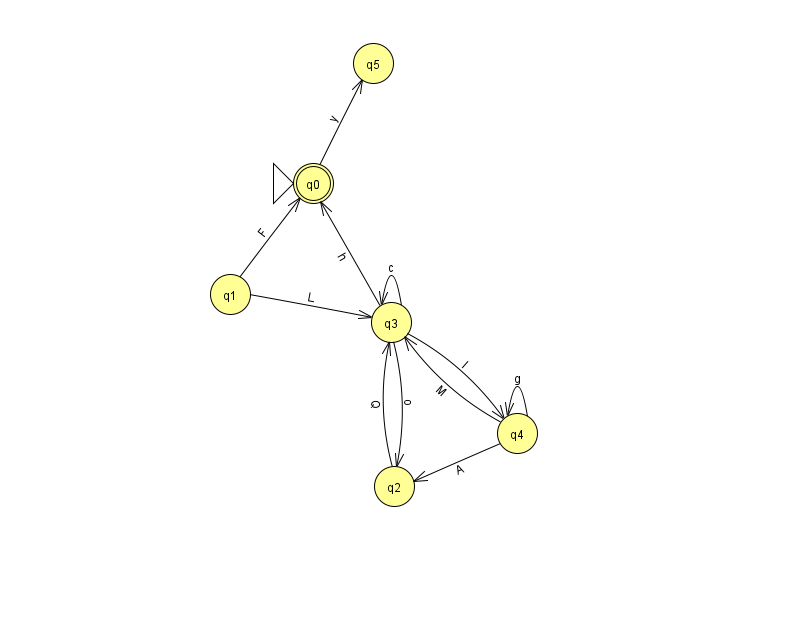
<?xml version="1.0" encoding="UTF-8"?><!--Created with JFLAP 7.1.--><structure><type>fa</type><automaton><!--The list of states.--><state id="0" name="q0"><x>313.0</x><y>170.0</y><initial/><final/></state><state id="1" name="q1"><x>230.0</x><y>281.0</y></state><state id="2" name="q2"><x>394.0</x><y>473.0</y></state><state id="3" name="q3"><x>391.0</x><y>309.0</y></state><state id="4" name="q4"><x>517.0</x><y>420.0</y></state><state id="5" name="q5"><x>373.0</x><y>50.0</y></state><!--The list of transitions.--><transition><from>1</from><to>3</to><read>L</read></transition><transition><from>3</from><to>2</to><read>o</read></transition><transition><from>3</from><to>3</to><read>c</read></transition><transition><from>4</from><to>4</to><read>g</read></transition><transition><from>3</from><to>0</to><read>h</read></transition><transition><from>4</from><to>3</to><read>M</read></transition><transition><from>1</from><to>0</to><read>F</read></transition><transition><from>4</from><to>2</to><read>A</read></transition><transition><from>3</from><to>4</to><read>I</read></transition><transition><from>0</from><to>5</to><read>y</read></transition><transition><from>2</from><to>3</to><read>Q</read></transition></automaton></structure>